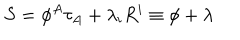
S = \phi ^ { A } \tau _ { A } + \lambda _ { i } R ^ { i } \equiv \phi + \lambda